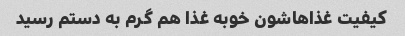
کیفیت غذاهاشون خوبه غذا هم گرم به دستم رسید